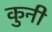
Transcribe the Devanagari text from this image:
कुनी